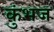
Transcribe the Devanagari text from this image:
कुंभज